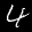
Label: 4